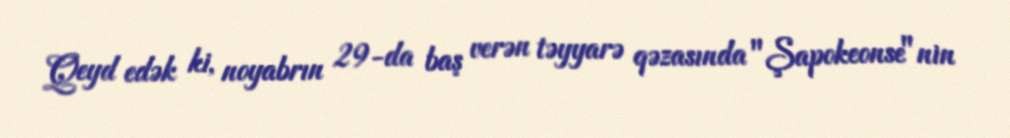
Qeyd edək ki, noyabrın 29-da baş verən təyyarə qəzasında "Şapokeonse"nin